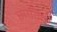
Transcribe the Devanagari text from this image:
साकिर